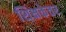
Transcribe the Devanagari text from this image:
शिक्षकेतर